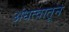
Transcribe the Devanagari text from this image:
अंधत्वातून